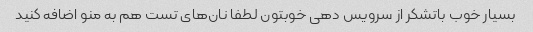
بسیار خوب باتشکر از سرویس دهی خوبتون لطفا نان‌های تست هم به منو اضافه کنید